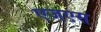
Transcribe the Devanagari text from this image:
एजएस